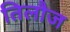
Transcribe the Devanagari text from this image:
तिलौज